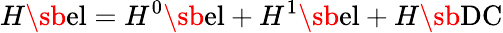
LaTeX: H\sb{\textnormal{el}}=H^{0}\sb{\textnormal{el}}+H^{1}\sb{\textnormal{el}}+H\sb{\textnormal{DC}}